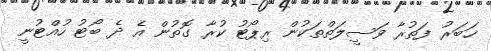
ޚަބަރު ފަތުރާ ވަސީލަތްތަކުން ރިޕޯޓު ކުރާ ގޮތުން އެ ދެ ބޯޓު ހުއްޓުނީ